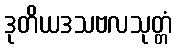
ဒုတိယဒသဗလသုတ္တံ